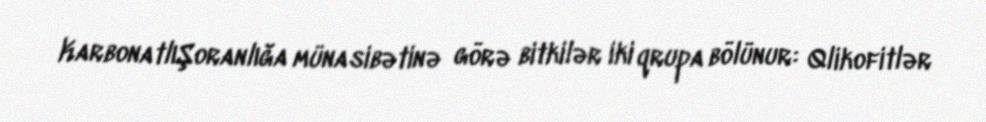
KarbonatlıŞoranlığa münasibətinə görə bitkilər iki qrupa bölünur: Qlikofitlər